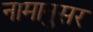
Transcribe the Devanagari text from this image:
नामानुसर